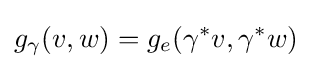
g_{\gamma }(v,w)=g_{e}(\gamma ^{*}v,\gamma ^{*}w)